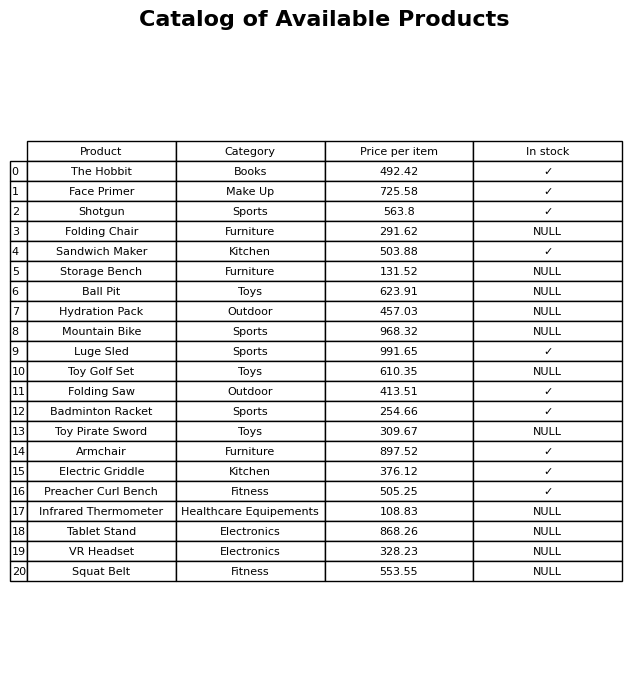
question: What is the price of the Preacher Curl Bench?
answer: The price of Preacher Curl Bench is 505.25.